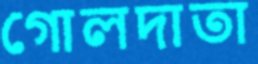
গোলদাতা